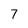
Character: 7